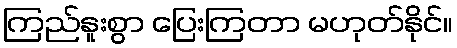
ကြည်နူးစွာ ပြေးကြတာ မဟုတ်နိုင်။